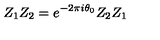
Z _ { 1 } Z _ { 2 } = e ^ { - 2 \pi i \theta _ { 0 } } Z _ { 2 } Z _ { 1 }